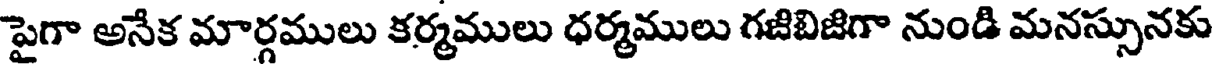
పైగా అనేక మార్గములు కర్మములు ధర్మములు గజిబిజిగా నుండి మనస్సునకు